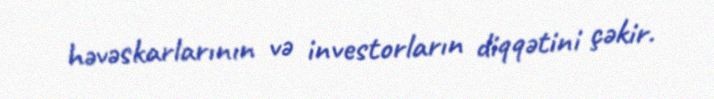
həvəskarlarının və investorların diqqətini çəkir.